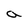
Character: a